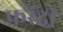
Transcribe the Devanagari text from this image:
फरेंदी